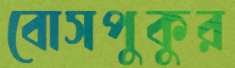
বোসপুকুর